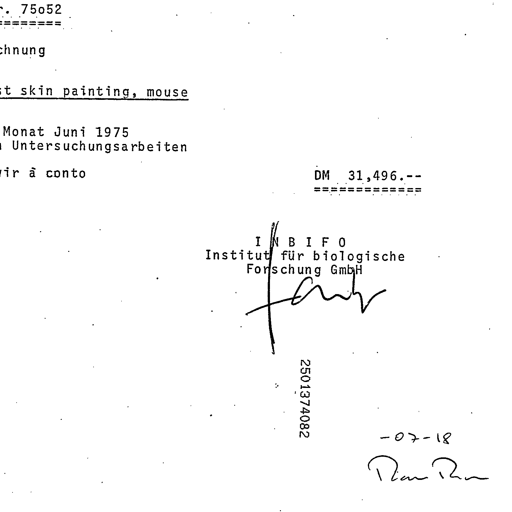
Transcript:
Nr. 75o52
==========

Rechnung

Test skin painting, mouse

für Monat Juni 1975
für Untersuchungsarbeiten

stellen wir à conto DM 31,496.--
==============

I N B I F O
Institut für biologische
Forschung GmbH
fanh
2501374082
-07-18
Plan Ran